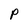
Character: P